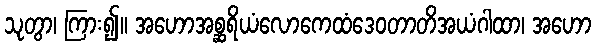
သုတွာ၊ ကြား၍။ အဟောအစ္ဆရိယံလောကေထံဒေဝတာတိအယံဂါထာ၊ အဟော